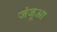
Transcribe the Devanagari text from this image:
जंजूआ